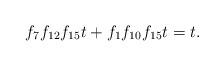
LaTeX: \begin{align*}f_7f_{12}f_{15}t + f_1f_{10}f_{15}t &= t.\end{align*}